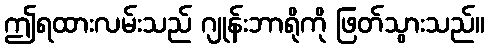
ဤရထားလမ်းသည် ဂျုန်းဘာရိုကို ဖြတ်သွားသည်။